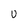
Character: U